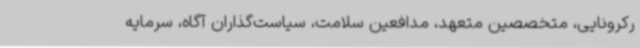
رکرونایی، متخصصین متعهد، مدافعین سلامت، سیاست‌گذاران آگاه، سرمایه